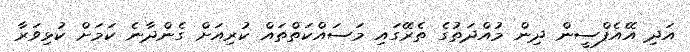
އަދި އޭއެފްސީން ދިން މުއްދަތުގެ ތެރޭގައި މަސައްކަތްތައް ކުރިއަށް ގެންދާނެ ކަމަށް ކުޅިވަރާ